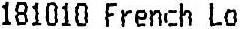
181010 FRENCH LO